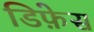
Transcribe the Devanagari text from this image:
डिफ़ेस